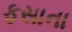
ફસાના